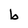
Character: b